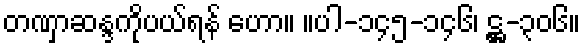
တဏှာဆန္ဒကိုပယ်ရန် ဟော။ ။ပါ-၁၄၅-၁၄၆၊ ဋ္ဌ-၃၀၆။